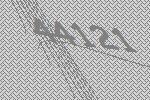
44121